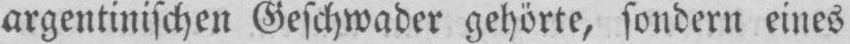
argentinischen Geschwader gehörte, sondern eines